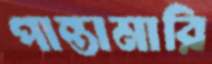
পান্তামারি